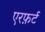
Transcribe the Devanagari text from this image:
एरफ़र्ट